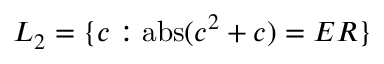
L _ { 2 } = \{ c : \operatorname { a b s } ( c ^ { 2 } + c ) = E R \}